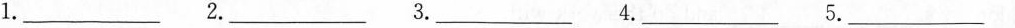
1.___ 2.___ 3.___ 4.___ 5.___